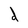
Character: d